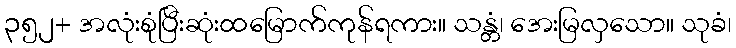
၃၅၂+ အလုံးစုံပြီးဆုံးထမြောက်ကုန်ရကား။ သန္တံ၊ အေးမြလှသော။ သုခံ၊